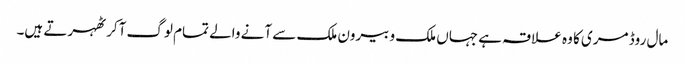
مال روڈ مری کا وہ علاقہ ہے جہاں ملک و بیرون ملک سے آنے والے تمام لوگ آکر ٹھہرتے ہیں۔